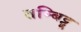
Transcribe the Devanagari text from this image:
तम्बिट्टू